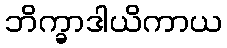
ဘိက္ခာဒါယိကာယ